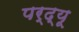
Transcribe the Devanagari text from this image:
पर्द्यू